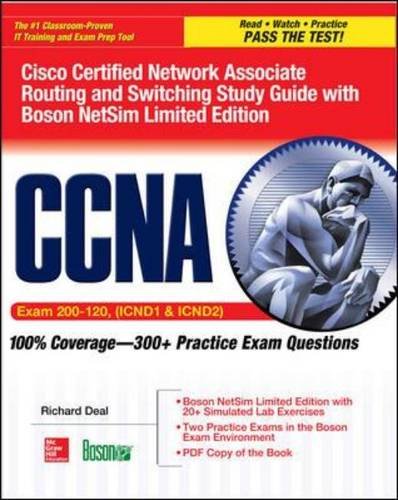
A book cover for CCNA Cisco Certified Network Associate Routing and Switching Study Guide (Exams 200-120, ICND1, & ICND2), with Boson NetSim Limited Edition (Certification Press); Richard Deal; Computers & Technology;